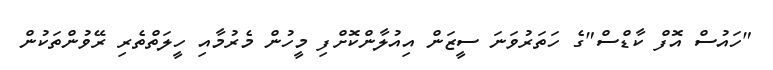
"ހައުސް އޮފް ކާޑްސް"ގެ ހަތަރުވަނަ ސީޒަން އިއުލާންކޮށްފި މީހުން މެރުމާއި ހީލަތްތެރި ރޭވުންތަކުން